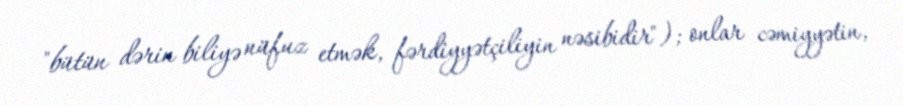
"bütün dərin biliyə nüfuz etmək, fərdiyyətçiliyin nəsibidir"); onlar cəmiyyətin,